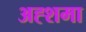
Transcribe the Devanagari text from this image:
अह्शमा